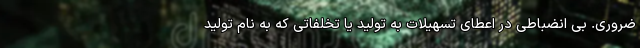
ضروری. بی انضباطی در اعطای تسهیلات به تولید یا تخلفاتی که به نام تولید